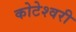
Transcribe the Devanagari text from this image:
कोटेश्वरी